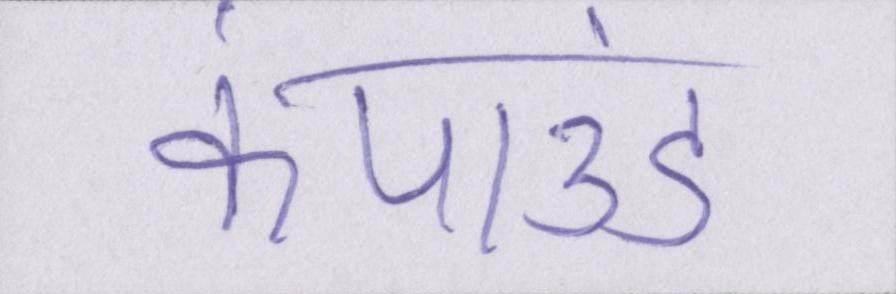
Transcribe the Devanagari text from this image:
कंपाउंड